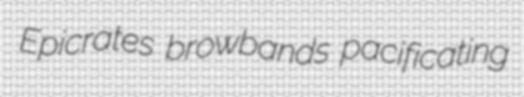
Epicrates browbands pacificating